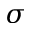
\sigma